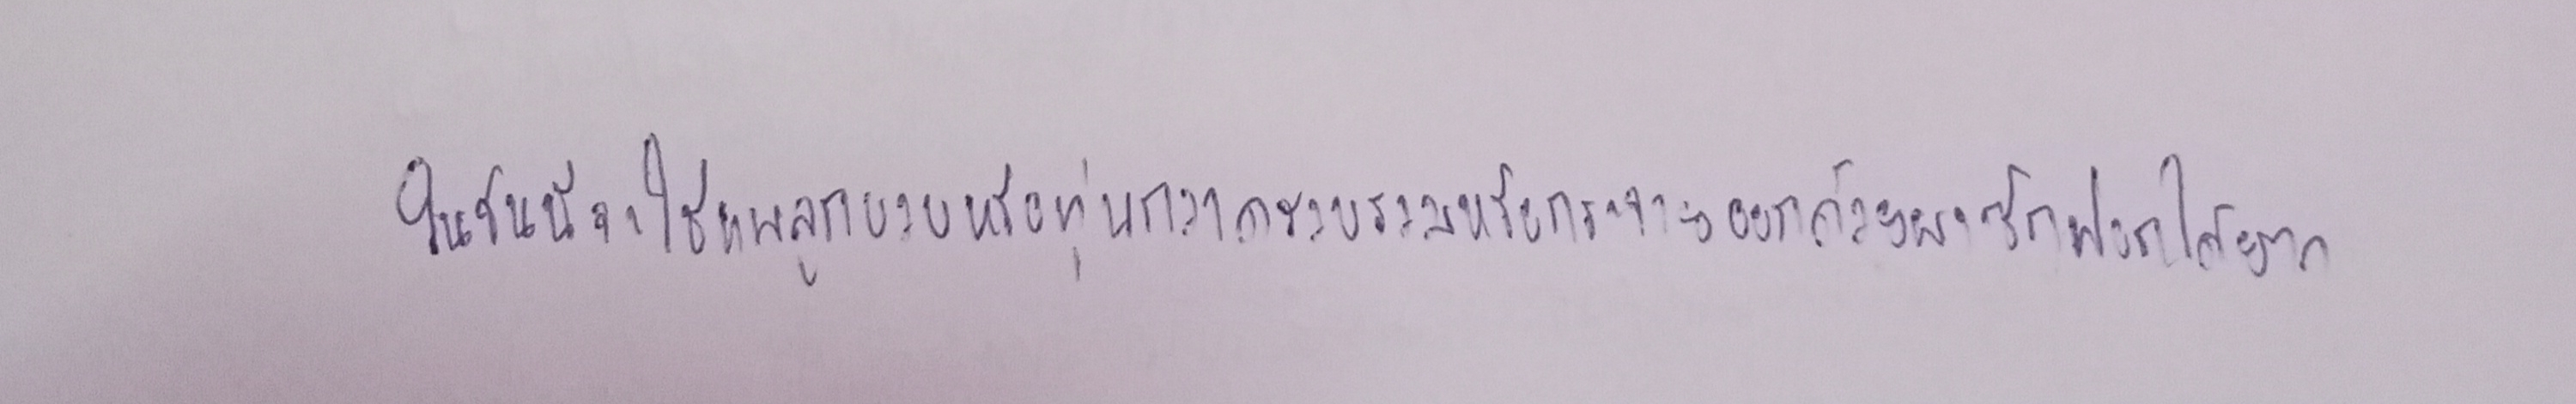
ในชั้นนี้จะใช้แพลูกบวบหรือทุ่นกวาดรวบรวมหรือกระจายออกด้วยผงซักฟอกได้ยาก